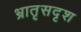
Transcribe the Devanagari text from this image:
भ्रातृसदृश